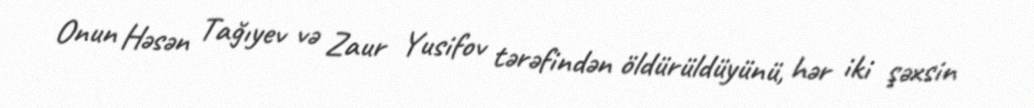
Onun Həsən Tağıyev və Zaur Yusifov tərəfindən öldürüldüyünü, hər iki şəxsin